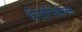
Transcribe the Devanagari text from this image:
हीयेरोग्लिफ़िक्स